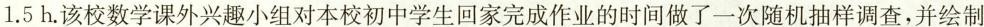
1.5h.该校数学课外兴趣小组对本校初中学生回家完成作业的时间做了一次随机抽样调查，并绘制